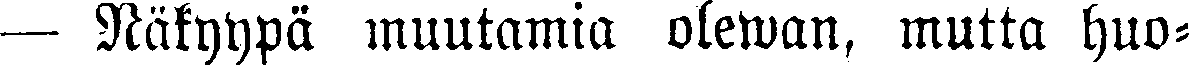
— Näkyypä muutamia olewan, mutta huo-